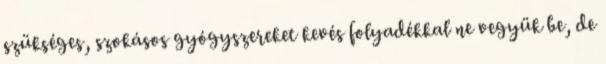
szükséges, szokásos gyógyszereket kevés folyadékkal ne vegyük be, de